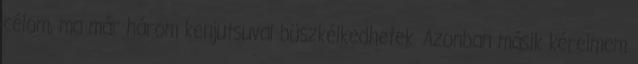
célom, ma már három kenjutsuval büszkélkedhetek. Azonban másik kérelmem